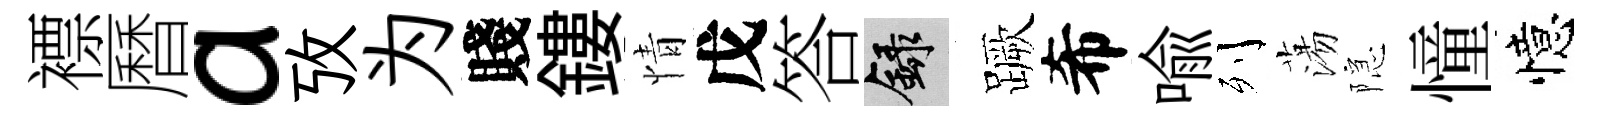
褾曆a攷为賤鏤情戊答録蹶希喩列蕩隠憧憶